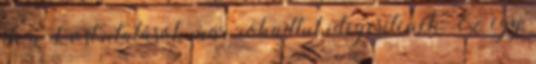
de a Lost utalások már rohadtul idegesítenek. Ez egy